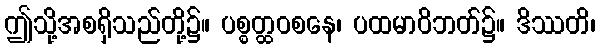
ဤသို့အစရှိသည်တို့၌။ ပစ္စတ္ထဝစနေ၊ ပထမာဝိဘတ်၌။ ဒိဿတိ၊